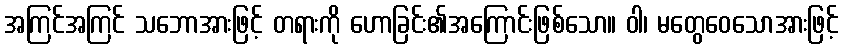
အကြင်အကြင် သဘောအားဖြင့် တရားကို ဟောခြင်း၏အကြောင်းဖြစ်သော။ ဝါ၊ မတွေဝေသောအားဖြင့်